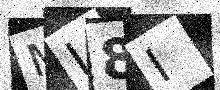
Text: ML8I